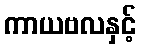
ကာယဗလနှင့်